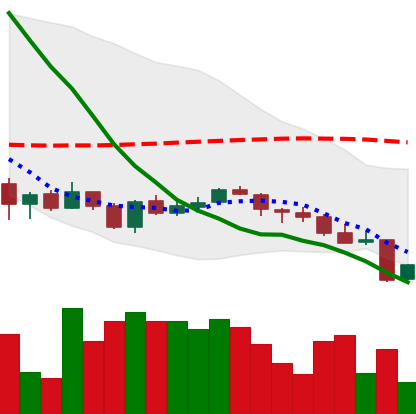
Ticker: LINK-USD
Chart end date: 2018-06-11
Forward return: -15.573%
Label: down_7plus